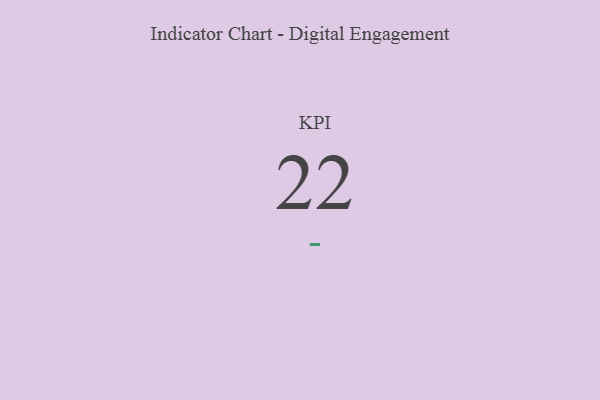
{"axis": {"x": "KPI", "y": "Value"}, "legend": [""], "data": [{"x": "KPI", "y": 22, "type": ""}]}